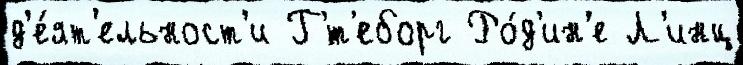
д'е́ят'ельност'и Г'́т'еборг Ро́д'ин'е Л'инц